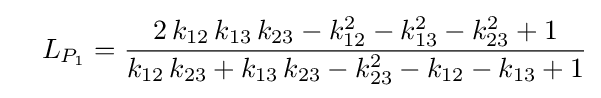
\quad L_{P_{1}}={\frac {2\,k_{12}\,k_{13}\,k_{23}-k_{12}^{2}-k_{13}^{2}-k_{23}^{2}+1}{k_{12}\,k_{23}+k_{13}\,k_{23}-k_{23}^{2}-k_{12}-k_{13}+1}}